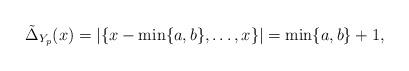
LaTeX: \begin{align*}\tilde{\Delta}_{Y_p}(x) = |\{x-\min\{a,b\},\ldots,x\}| = \min\{a,b\}+1,\end{align*}